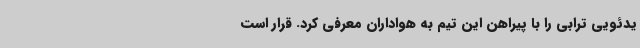
یدئویی ترابی را با پیراهن این تیم به هواداران معرفی کرد. قرار است